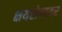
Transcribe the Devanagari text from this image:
क्षयरोगावर